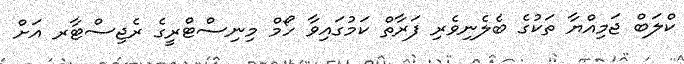
ކްލަބް ޖަމިއްޔާ ތަކުގެ ބެލެނިވެރި ފަރާތް ކަމުގައިވާ ހޯމް މިނިސްޓްރީގެ ރެޖިސްޓާރ އަށް